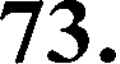
73.